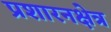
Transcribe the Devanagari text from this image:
प्रशारनक्षेत्र